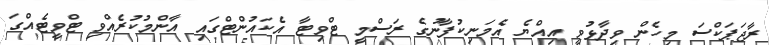
ރާޖަޕަކްސަ މިހެން ވިދާޅުވީ އިއްޔެ އެމަނިކުފާނުގެ ރަސްމީ ޓްވިޓާ އެކައުންޓްގައި އާންމުކުރެއްވި ޓްވީޓެއްގަ